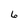
Character: 6